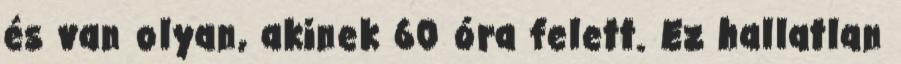
és van olyan, akinek 60 óra felett. Ez hallatlan